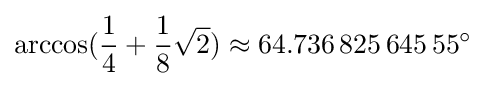
\arccos({\frac {1}{4}}+{\frac {1}{8}}{\sqrt {2}})\approx 64.736\,825\,645\,55^{\circ }